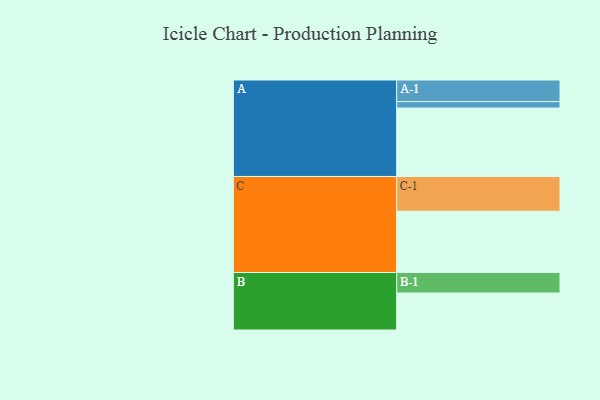
{"axis": {"x": "Segment", "y": "Value"}, "legend": ["", "A", "B", "C"], "data": [{"x": "A", "y": 583, "type": ""}, {"x": "B", "y": 315, "type": ""}, {"x": "C", "y": 522, "type": ""}, {"x": "A-1", "y": 184, "type": "A"}, {"x": "A-2", "y": 55, "type": "A"}, {"x": "B-1", "y": 175, "type": "B"}, {"x": "C-1", "y": 296, "type": "C"}]}